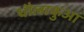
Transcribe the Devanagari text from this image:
धौलाकुआं